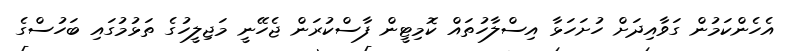
އެހެންކަމުން ގަވާއިދަށް ހުށަހަޅާ އިސްލާހުތައް ކޮމިޓީން ފާސްކުރަން ޖެހޭނީ މަޖިލީހުގެ ތަޅުމުގައި ބަހުސްގެ